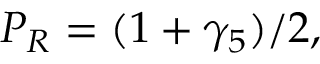
P _ { R } = ( 1 + \gamma _ { 5 } ) / 2 ,